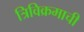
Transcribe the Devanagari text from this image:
त्रिविक्रमाची